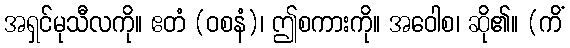
အရှင်မုသီလကို။ ဧတံ (ဝစနံ)၊ ဤစကားကို။ အဝေါစ၊ ဆို၏။ (ကိံ